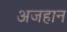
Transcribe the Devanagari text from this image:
अजहान